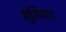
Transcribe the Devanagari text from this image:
मुसियार